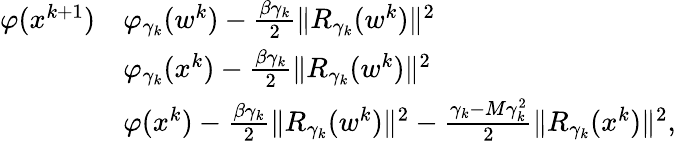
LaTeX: \begin{array}{rl}{\varphi(x^{k+1})}&{\le\varphi_{\gamma_{k}}(w^{k})-\frac{\beta\gamma_{k}}{2}\| R_{\gamma_{k}}(w^{k})\| ^{2}}\\ &{\le\varphi_{\gamma_{k}}(x^{k})-\frac{\beta\gamma_{k}}{2}\| R_{\gamma_{k}}(w^{k})\| ^{2}}\\ &{\le\varphi(x^{k})-\frac{\beta\gamma_{k}}{2}\| R_{\gamma_{k}}(w^{k})\| ^{2}-\frac{\gamma_{k}-M\gamma_{k}^{2}}{2}\| R_{\gamma_{k}}(x^{k})\| ^{2},}\end{array}